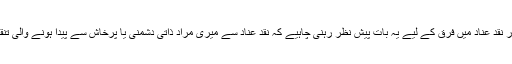
نقد علمی اور نقد عناد میں فرق کے لیے یہ بات پیش نظر رہنی چاہیے کہ نقد عناد سے میری مراد ذاتی دشمنی یا پرخاش سے پیدا ہونے والی تنقید نہیں ہے۔